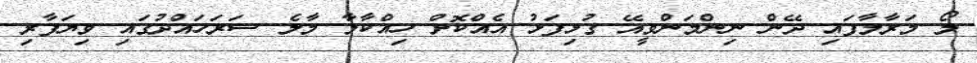
ލޯ މަރާލާފައި ދޭން ނިންމަންވީއޭ ގުޅިފަޅު އެއްކޮށް ހިއްކާލާ މާލެ ސަރަހައްދުގައި ވިޔަފާރި